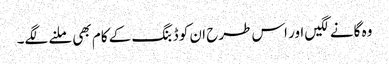
وہ گانے لگیں اور اس طرح ان کو ڈبنگ کے کام بھی ملنے لگے۔